Calcutta medical institutions reports 1879-81 [i.e.91]
Year: 1879
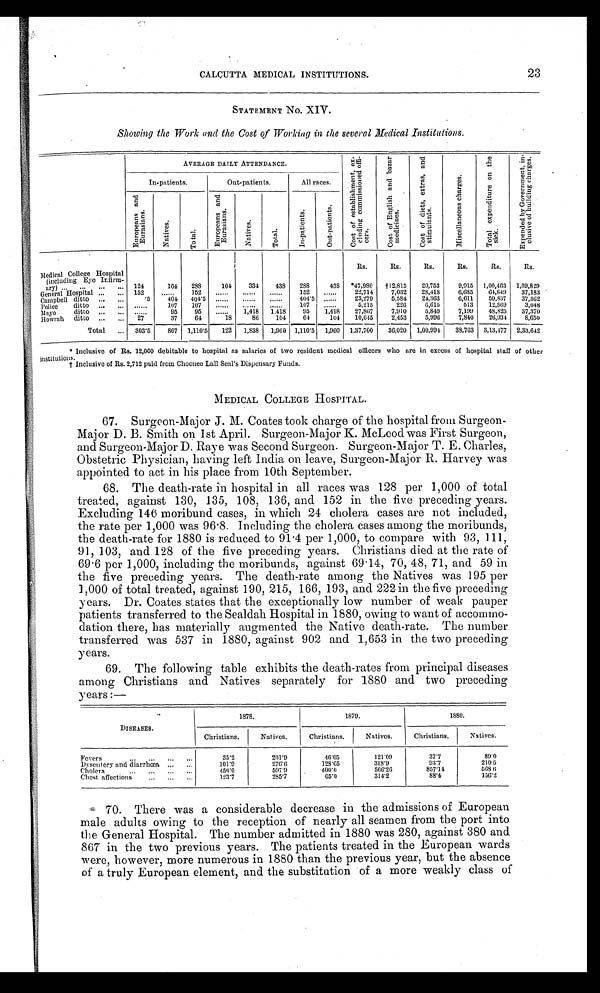
CALCUTTA MEDICAL INSTITUTIONS.23
STATEMENT No. XIV.
Showing the Work and the Cost of Working in the several Medical Institutions.
AVERAGE DAILY ATTENDANCE.
C o s t o f e s t a b l i s h m e n t e x - c l u d i n g c o m m i s s i o n e d o f f i - c e r s .
C o s t o f E n g l i s h a n d b a z a r m e d i c i n e s .
C o s t o f d i e t s , e x t r a s , a n d s t i m u l a n t s .
M i s c e l l a n e o u s c h a r g e s .
T o t a l e x p e n d i t u r e o n t h e s i c k .
E x p e n d e d b y G o v e r n m e n t , i n - c l u s i v e o f b u i l d i n g c h a r g e s .
In-patients.
Out-patients.
All races.
E u r o p e a n s a n d E u r a s i a n s .
Na t i ve s .
T o t a l .
E u r o p e a n s a n d E u r a s i a n s .
Na t i v e s .
T o t a l .
I n - p a t i e n t s .
O u t - p a t i e n t s .
Rs.
Rs.
Rs.
Rs.
Rs.
R s .
Medical College Hospital (including Eye Infirm-ary)
124
164 288
104
334
438 288
438 *47,980
† 1 2 , 8 1 5 29,753
9,915 1,00,463 1,09,829
152
. . . . . . 152
. . . . . .
. . . . . .
. . . . . . 152
. . . . . . 22,714
7,032
2 8 , 4 1 8
6,685
6 4 , 8 4 9 37,183
General Hospital
Campbell ditto
.5
404 404.5
. . . . . .
. . . . . .
. . . . . . 404.5
. . . . . . 23,279
5,584
24,363
6,611
59,837
37,562
Police
ditto
......
107 107
. . . . . .
. . . . . .
. . . . . . 107
. . . . . . 5,215
226
6,615
513
12,569
3,048
Mayo
ditto
. . . . . .
9 5
9 5
. . . . . . 1,418 1.418
95
1,418
27,867
7,910
5 , 8 4 9
7,199
48,825
37,370
Howrah ditto
27
3 7
6 4
1 8
86
104
64
104 10,645
2,453
5,996
7,S40
26,934
8,650
Total
303.5
807 1,110.5 122 1,838 1,960 1,110.5 1,960 1,37,700
36,020 1,00,994
38,763 3,13,477 2,33,642
* Inclusive of Rs. 12,000 debitable to hospital as salaries of two resident medical officers who are in excess of hospital staff of other
institutions.
† Inclusive of Rs. 2,712 paid from Choonee Lall Seal's Dispensary Funds.
MEDICAL COLLEGE HOSPITAL.
67. Surgeon-Major J. M. Coates took charge of the hospital from Surgeon-
Major D. B. Smith on 1st April. Surgeon-Major K. McLeod was First Surgeon,
and Surgeon-Major D. Raye was Second Surgeon. Surgeon-Major T. E. Charles,
Obstetric Physician, having left India on leave, Surgeon-Major R. Harvey was
appointed to act in his place from 10th September.
68.
The death-rate in hospital in all races was 128 per 1,000 of total
treated, against 130, 135, 108, 136, and 152 in the five preceding years.
Excluding 146 moribund cases, in which 24 cholera cases are not included,
the rate per 1,000 was 96.8. Including the cholera cases among the moribunds,
the death-rate for 1880 is reduced to 91.4 per 1,000, to compare with 93, 111,
91, 103, and 128 of the five preceding years. Christians died at the rate of
69.6 per 1,000, including the moribunds, against 69.14, 70, 48, 71, and 59 in
the five preceding years. The death-rate among the Natives was 195 per
1,000 of total treated, against 190, 215, 166, 193, and 222 in the five preceding
years. Dr. Coates states that the exceptionally low number of weak pauper
patients transferred to the Sealdah Hospital in 1880, owing to want of accommo-
dation there, has materially augmented the Native death-rate. The number
transferred was 537 in 1880, against 902 and 1,653 in the two preceding
years.
69.
The following table exhibits the death-rates from principal diseases
among Christians and Natives separately for 1880 and two preceding
years:—
DISEASES.
1878.
1879.
1880.
Christians.
Natives.
Christians.
Natives.
Christians.
Natives.
Fevers
35.2
201.9
46.05
121.09
37.7
89.0
Dysentery and diarrhœa
101.9
276.0
128.65
318.9
93.7
210.5
Cholera
450.0
597.9
400.0
566.26
857.14
568.6
Chest affections
123.7
285.7
65.0
314.2
88.4
156.2
70.
There was a considerable decrease in the admissions of European
male adults owing to the reception of nearly all seamen from the port into
the General Hospital. The number admitted in 1880 was 280, against 380 and.
867 in the two previous years. The patients treated in the European wards
were, however, more numerous in 1880 than the previous year, but the absence
of a truly European element, and the substitution of a more weakly class of